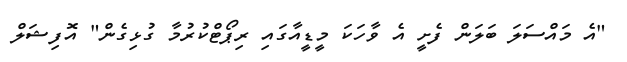
"އެ މައްސަލަ ބަލަން ފެށީ އެ ވާހަކަ މީޑީއާގައި ރިޕޯޓްކުރުމާ ގުޅިގެން" އޮފިޝަލް